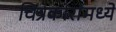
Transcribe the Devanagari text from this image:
चित्रकारांमध्ये